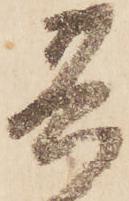
其